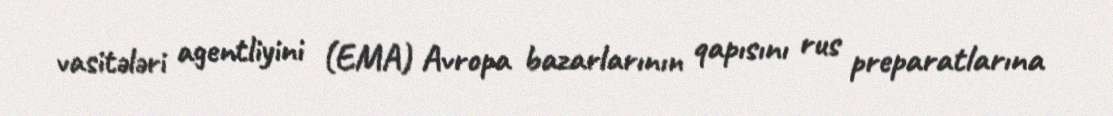
vasitələri agentliyini (EMA) Avropa bazarlarının qapısını rus preparatlarına